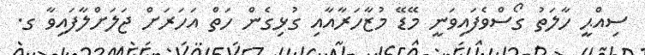
ސިއްޙީ ހާލަތު ގޯސްވެފައިވަނީ މޭޑޭ މުޒާހަރާއާއި ގުޅިގެން ހަތް އަހަރަށް ޖަލަށްލާފައިވާ ގ.